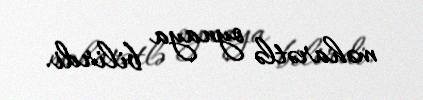
məharətlə oynaya bilirdi.